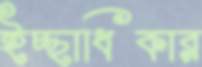
ইচ্ছাধিকার